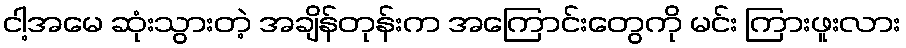
ငါ့အမေ ဆုံးသွားတဲ့ အချိန်တုန်းက အကြောင်းတွေကို မင်း ကြားဖူးလား